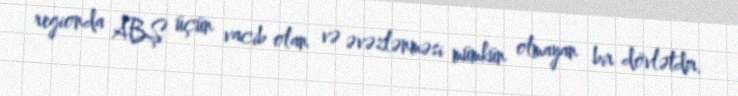
regionda ABŞ üçün vacib olan və əvəzlənməsi mümkün olmayan bir dövlətdir.